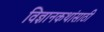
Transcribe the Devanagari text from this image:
विज्ञानकथांसाठी